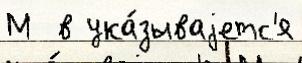
М  в ука́зываjетс'я